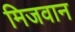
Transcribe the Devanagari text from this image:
मिजवान